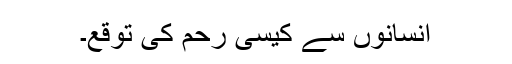
انسانوں سے کیسی رحم کی توقع۔